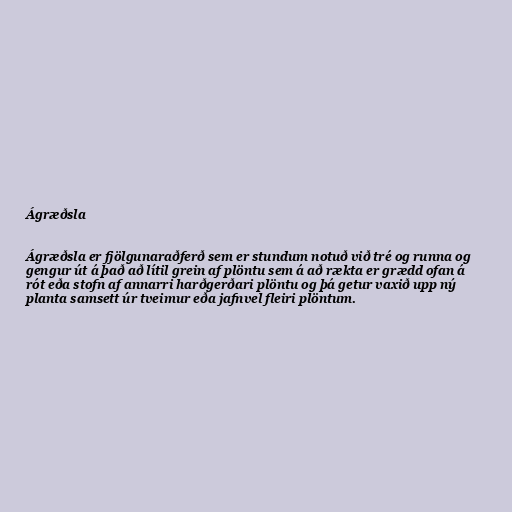
Ágræðsla

Ágræðsla er fjölgunaraðferð sem er stundum notuð við tré og runna og
gengur út á það að lítil grein af plöntu sem á að rækta er grædd ofan á
rót eða stofn af annarri harðgerðari plöntu og þá getur vaxið upp ný
planta samsett úr tveimur eða jafnvel fleiri plöntum.